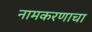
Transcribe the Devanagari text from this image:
नामकरणाचा